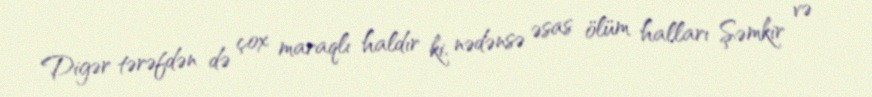
Digər tərəfdən də çox maraqlı haldır ki, nədənsə əsas ölüm halları Şəmkir və